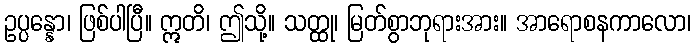
ဥပ္ပန္နော၊ ဖြစ်ပါပြီ။ ဣတိ၊ ဤသို့။ သတ္ထု၊ မြတ်စွာဘုရားအား။ အာရောစနကာလော၊